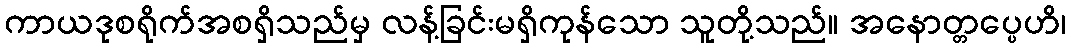
ကာယဒုစရိုက်အစရှိသည်မှ လန့်ခြင်းမရှိကုန်သော သူတို့သည်။ အနောတ္တပ္ပေဟိ၊